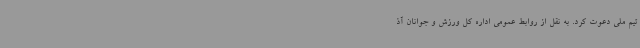
تیم ملی دعوت کرد. به نقل از روابط عمومی اداره کل ورزش و جوانان آذ